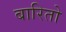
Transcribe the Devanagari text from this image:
बारितो